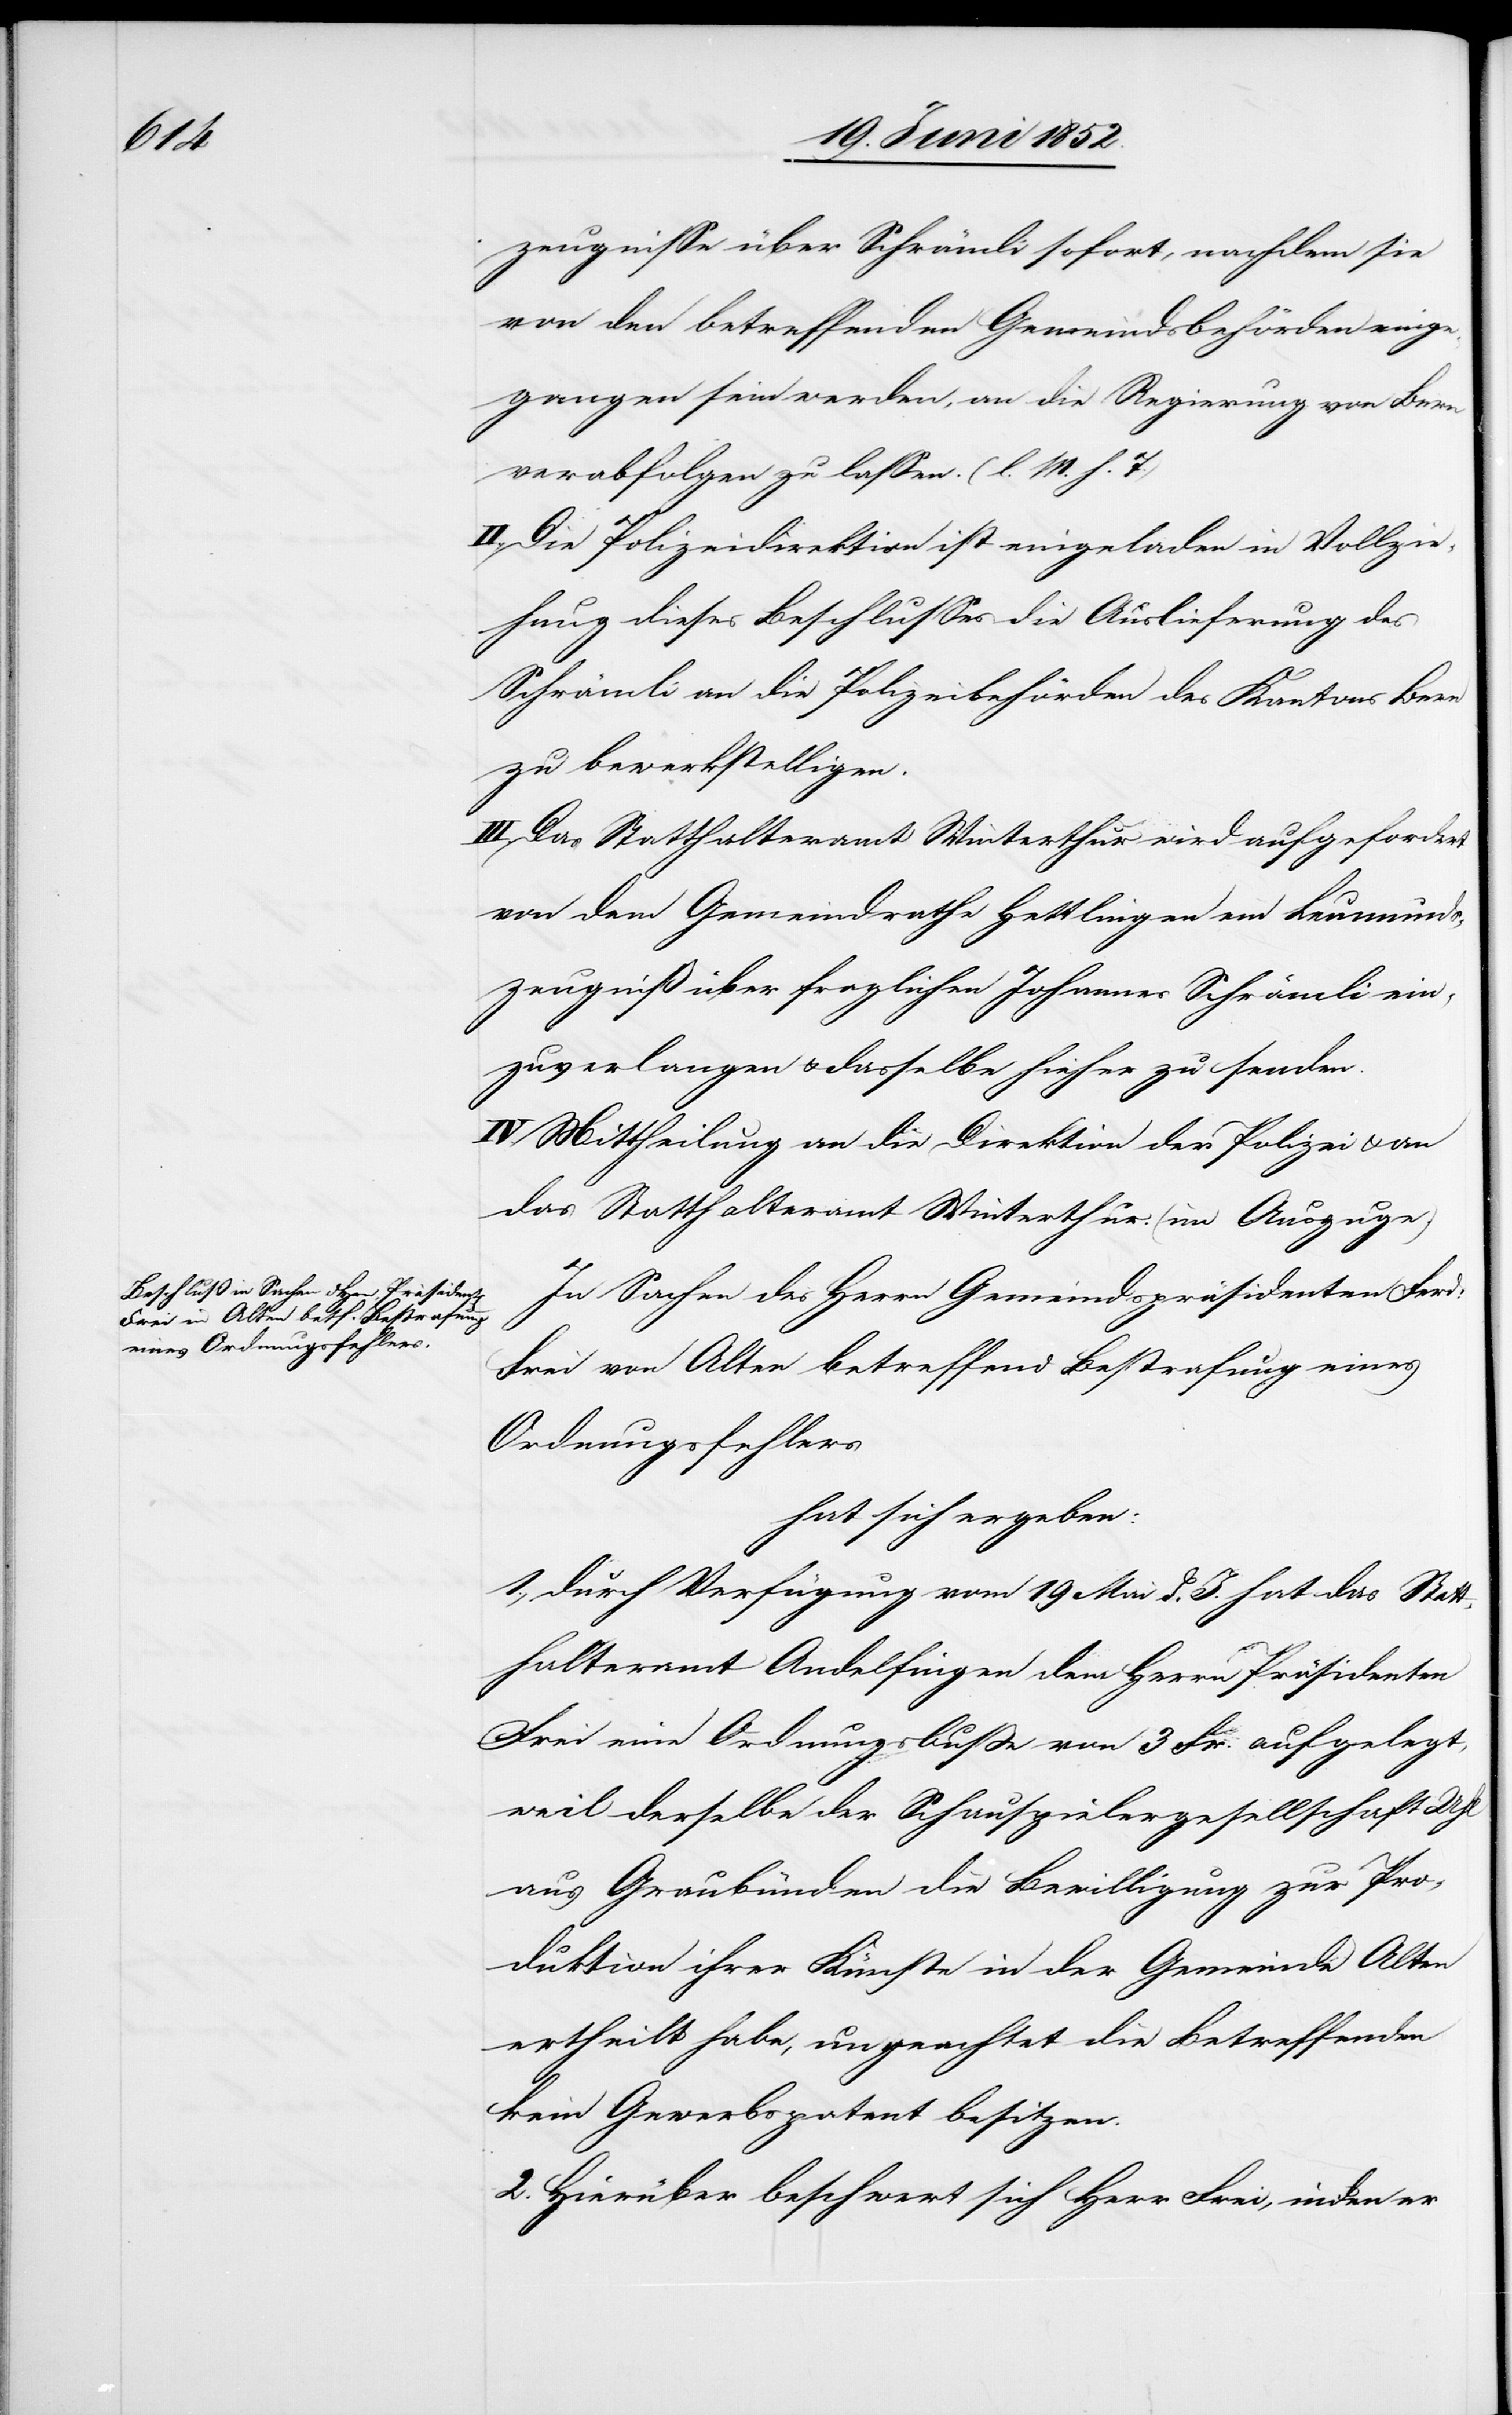
zeugnisse über Schrämli sofort, nachdem sie
von den betreffenden Gemeindsbehörden einge¬
gangen sein werden, an die Regierung von Bern
verabfolgen zu lassen. (l. M. h. T.)
II., Die Polizeidirektion ist eingeladen in Vollzie¬
hung dieses Beschlusses die Auslieferung des
Schrämli an die Polizeibehörden des Kantons Bern
zu bewerkstelligen.
III. Das Statthalteramt Winterthur wird aufgefordert
von dem Gemeindrathe Hettlingen ein Leumunds¬
zeugniß über fraglichen Johannes Schrämli ein¬
zuverlangen & dasselbe hieher zu senden.
IV. Mittheilung an die Direktion der Polizei & an
das Statthalteramt Winterthur. (im Auszuge.)
In Sachen des Herrn Gemeindspräsidenten Ferd:
Frei von Alten betreffend Bestrafung eines
Ordnungsfehlers
hat sich ergeben:
1., durch Verfügung vom 19 Mai d. J. hat das Statt¬
halteramt Andelfingen dem Herrn Präsidenten
Frei eine Ordnungsbusse von 3 Fr. aufgelegt,
weil derselbe der Schauspielergesellschaft Uhl
aus Graubünden die Bewilligung zur Pro¬
duktion ihrer Künste in der Gemeinde Alten
ertheilt habe, ungeachtet die Betreffenden
kein Gewerbspatent besitzen.
2. Hierüber beschwert sich Herr Frei, inden